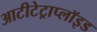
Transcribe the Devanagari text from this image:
आटीटेट्राप्लॉइड